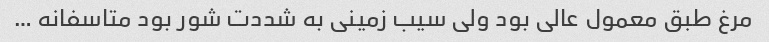
مرغ طبق معمول عالی بود ولی سیب زمینی به شددت شور بود متاسفانه …